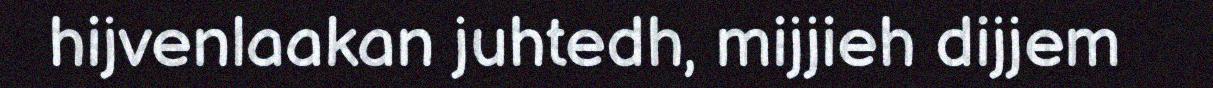
hijvenlaakan juhtedh, mijjieh dijjem